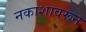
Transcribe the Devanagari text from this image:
नकाशावरून